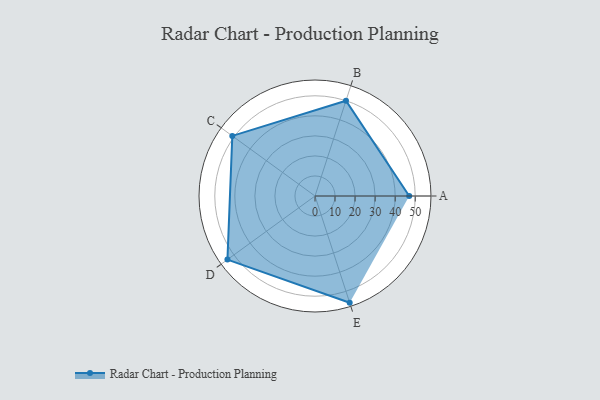
{"axis": {"x": "Skill", "y": "Score"}, "legend": ["Profile"], "data": [{"x": "A", "y": 47.0, "type": "Profile"}, {"x": "B", "y": 50.0, "type": "Profile"}, {"x": "C", "y": 51.0, "type": "Profile"}, {"x": "D", "y": 54.0, "type": "Profile"}, {"x": "E", "y": 56.0, "type": "Profile"}]}